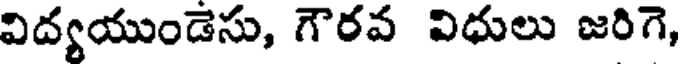
విద్యయుండెసు, గౌరవ విధులు జరిగె,